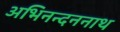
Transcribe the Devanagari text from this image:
अभिनन्दननाथ